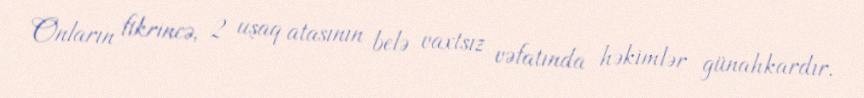
Onların fikrincə, 2 uşaq atasının belə vaxtsız vəfatında həkimlər günahkardır.